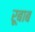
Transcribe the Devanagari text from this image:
रूबाब